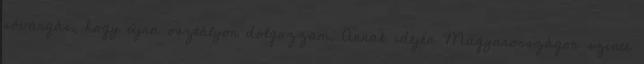
sóvárgás, hogy újra osztályon dolgozzam. Annak idején Magyarországon szinte